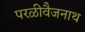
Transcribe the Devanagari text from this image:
परळीवैजनाथ